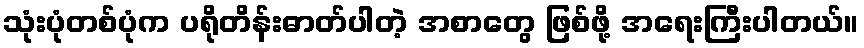
သုံးပုံတစ်ပုံက ပရိုတိန်းဓာတ်ပါတဲ့ အစာတွေ ဖြစ်ဖို့ အရေးကြီးပါတယ်။